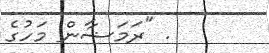
. "ރަމަޟާން މަހުގެ